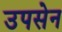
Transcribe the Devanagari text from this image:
उपसेन